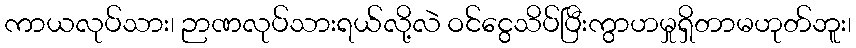
ကာယလုပ်သား၊ ဉာဏလုပ်သားရယ်လို့လဲ ဝင်ငွေသိပ်ပြီးကွာဟမှုရှိတာမဟုတ်ဘူး၊